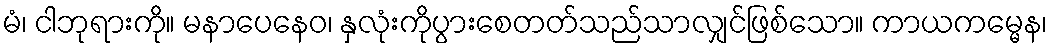
မံ၊ ငါဘုရားကို။ မနာပေနေဝ၊ နှလုံးကိုပွားစေတတ်သည်သာလျှင်ဖြစ်သော။ ကာယကမ္မေန၊